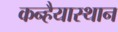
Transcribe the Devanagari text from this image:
कन्हैयास्थान